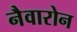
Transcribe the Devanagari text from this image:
नैवारोन